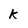
Character: K